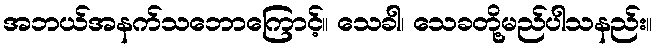
အဘယ်အနက်သဘောကြောင့်။ သေခါ၊ သေခတို့မည်ပါသနည်း။